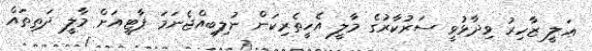
ޢަލީ ޒާހިރު ވިދާޅުވީ ސަރުކާރުގެ މާލީ އެހީތެރިކަން ނުލިބިއްޖެނަމަ ޕާޓީއަށް މާލީ ދަތިތައް